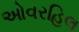
ઓવરહિલ